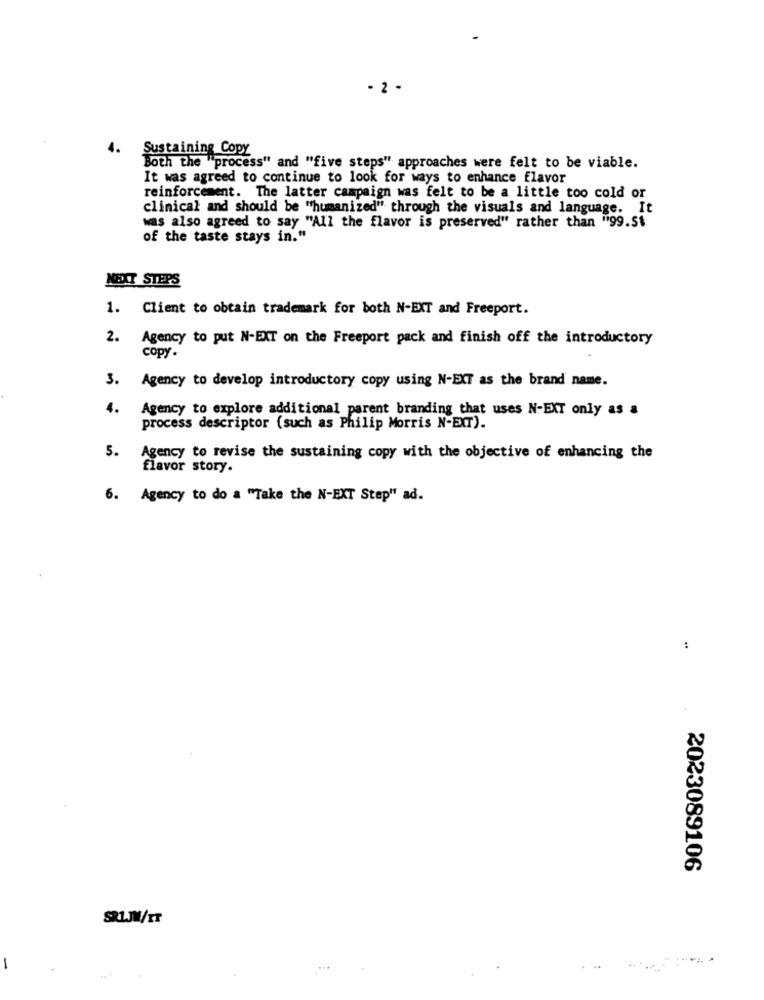
- 2 -
Sustaining Copy
Both the process" and "five steps" approaches were felt to be viable.
It was agreed to continue to look for ways to enhance flavor
reinforcement. The latter campaign was felt to be a little too cold or
clinical and should be "humanized" through the visuals and language. It
was also agreed to say "All the flavor is preserved" rather than "99.51
of the taste stays in."
NEXT STEPS
1. Client to obtain trademark for both N-EXT and Freeport.
2. Agency to put N-EXT on the Freeport pack and finish off the introductory
copy.
3. Agency to develop introductory copy using N-EXT as the brand name.
4.
Agency to explore additional parent branding that uses N-EXT only as a
process descriptor (such as Philip Morris N-EXT).
5. Agency to revise the sustaining copy with the objective of enhancing the
flavor story.
6. Agency to do a "Take the N-EXT Step" ad.
:
2023089106
SRLJW/IT
-